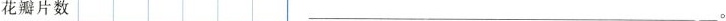
花瓣片数___ 。